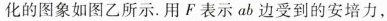
化的图象如图乙所示. 用 F 表示 ab 边受到的安培力，